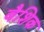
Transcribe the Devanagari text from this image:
बैशिक